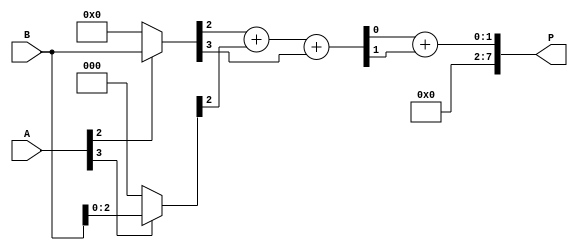
module wallace_tree_multiplier #(
    parameter N = 4 // Bit-width of the inputs
) (
    input [N-1:0] A,
    input [N-1:0] B,
    output reg [2*N-1:0] P
);

    // Partial product generation
    wire [N-1:0] pp [0:N-1]; // Partial products

    genvar i, j;
    generate
        for (i = 0; i < N; i = i + 1) begin : partial_products
            assign pp[i] = A[i] ? B : {N{1'b0}}; // Generate partial products
        end
    endgenerate

    // Wallace tree logic
    wire [N+1:0] sum [0:N-1]; // Sum wires for adders
    wire [N-1:0] carry [0:N-1]; // Carry wires for adders
    wire [N-1:0] final_sum;
    wire [N-1:0] final_carry;

    // Half and Full Adders
    // This implementation assumes a fixed number of layers based on the input size.
    // You can optimize this for larger bit-widths or deeper trees.

    // First layer of additions
    generate
        for (i = 0; i < N; i = i + 1) begin : first_layer
            if (i < N-1) begin
                // Full adder for three inputs
                assign {carry[i][i], sum[i][i]} = pp[i][i] + pp[i+1][i] + pp[i][i+1];
            end
            else begin
                // Half adder for two inputs
                assign {carry[i][i], sum[i][i]} = pp[i][i] + pp[i][i+1];
            end
        end
    endgenerate

    // Second layer of additions
    generate
        for (i = 0; i < N; i = i + 1) begin : second_layer
            if (i < N-2) begin
                assign {carry[i][i+1], sum[i+1][i]} = sum[i][i] + carry[i][i] + sum[i+1][i];
            end
        end
    endgenerate

    // Final addition
    assign {final_carry, final_sum} = sum[N-2][N-2] + carry[N-2][N-2];

    // Combine final sums and carries
    always @(*) begin
        P = {final_carry, final_sum}; // Final product
    end

endmodule